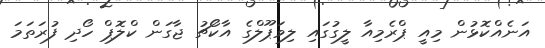
އަނެއްކޮޅުން މިއީ ޕްރެމިއާ ލީގުގައި ލިވަޕޫލްގެ އާކޯޗު ޖާގަން ކްލޮޕް ހޯދި ފުރަތަމަ